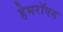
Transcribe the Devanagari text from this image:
हेमरॉएड